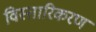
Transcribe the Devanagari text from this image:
विस्तारिकरण